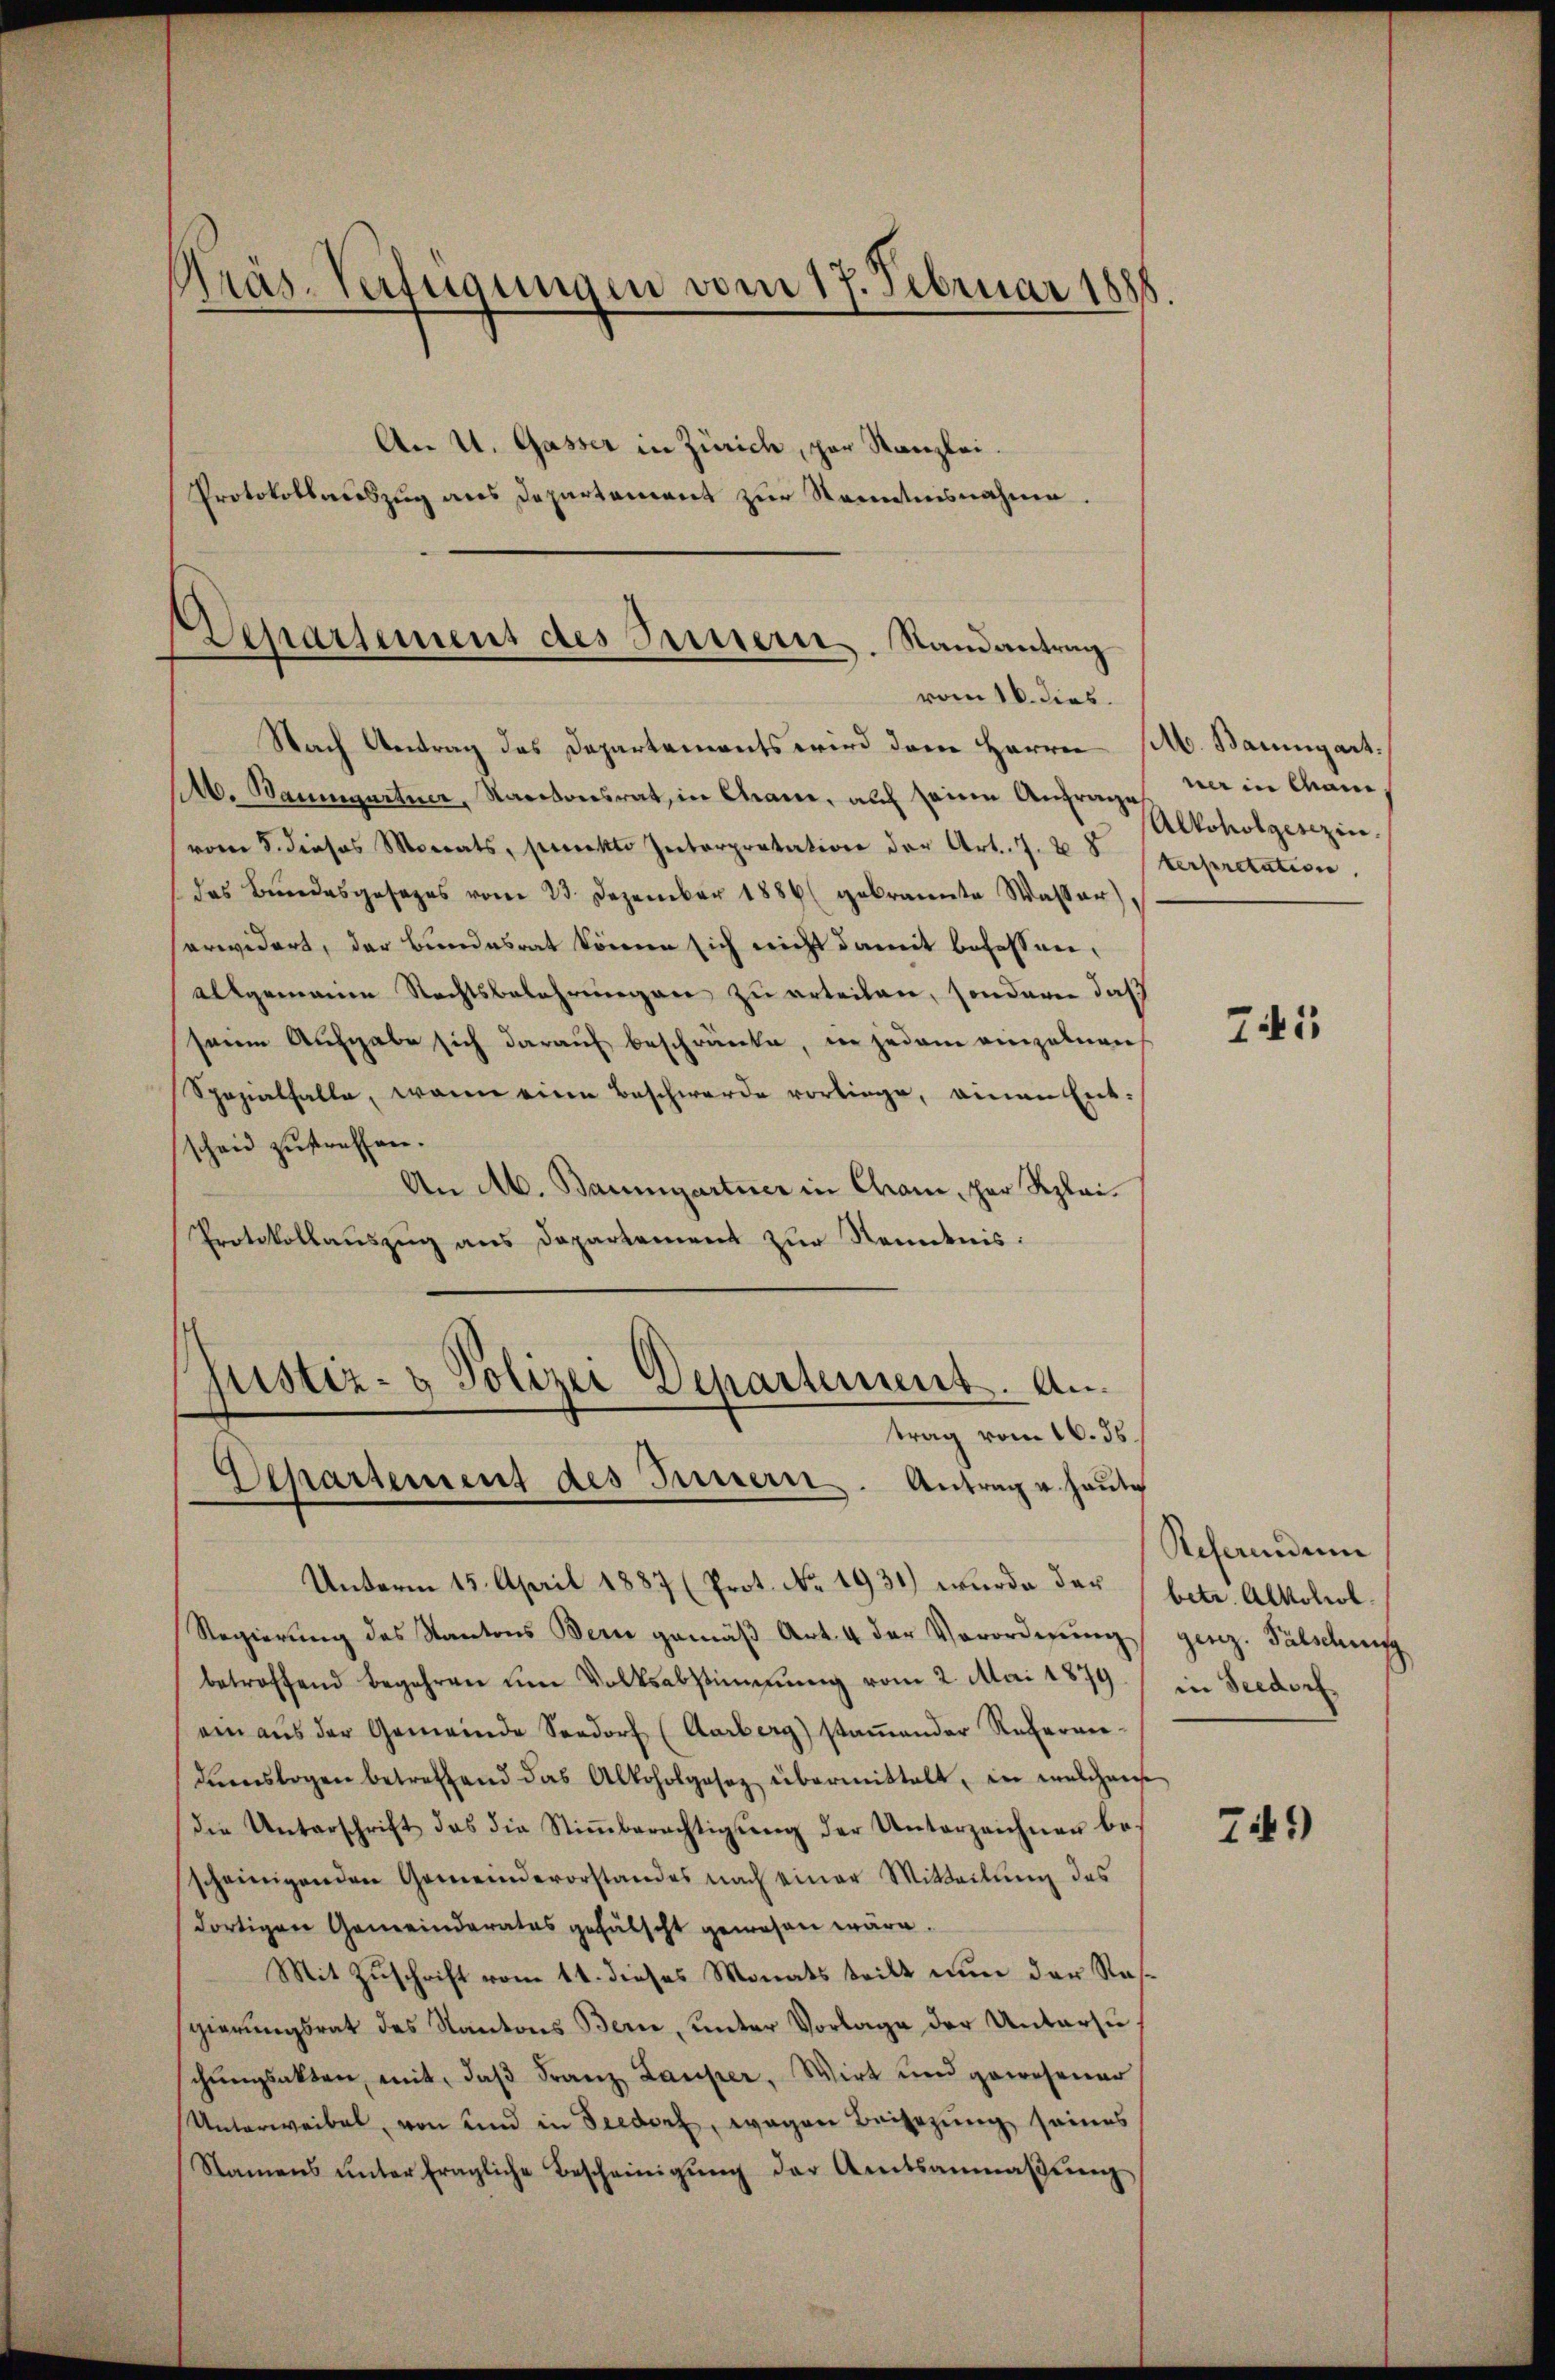
Präs. Verfügungen vom 17. Februar 1888
An U. Gasser in Zürich, par Kanzlei.
Protokollauszug aus Departement zur Kenntnisnahme

Ziparsammens des Parisern. Randantrag
vom 16. dies.
Nach Antrag des Departements wird dem Herren
A. Baumgartner, Kantonsrat, in Cham, auch seine Anfrage wie in Mai

vom 8. dieses Monats, peretto Interpretation der Art. 7. 28
das Bundesgesages vom 23. Dezember 1886 gebrannte Wasser),
erwidert, der Bundesrat könne sich nicht damit befassen,
allgemeine Rechtsbelehrungen zu erteilen, sondern daß
seine Aufgabe sich darauf beschränke, in jedem einzelnen
Spezialfalle, wenn eine Beschwerde vorliege, einen Entscheid zutreffen.
An M. Baumgartner in Chami, par Klei¬
Protokollauszug aus Departement zur Nenntnis:
Unterm 15. April 1887 (Prot. No. 1931) wurde der
Regierŭng des Kantons Bern gemäβ Art. 4 der Verordnŭng
betroffend begehren um Volksabstimmung vom 2. Mai 1879.
ein aŭs der Gemeinde Seedorf (Aarberg) stamender Referandimslogen betreffend das Alkoholgesetz übermittelt, in welchens
die Unterschrift das die Stiṁberechtigŭng der Unterzeichner bescheinigenden Gemeindevorstandes nach einer Mitteilŭng des
dortigen Gemeinderates gefälscht gewesen wäre.
Mit Zuschrift vom 11. dieses Monats teilt nun der Regierungsrat des Kantons Bern, unter Vorlage der Untersuschŭngsakten, mit, daβ Franz, Lauper, Wirt und gewesener
Unterweibel, von und in Seedorf, wegen Beisezung seines
Namens ŭnter fragliche Bescheinigŭng der Amtsanmaβŭng

justiz- & Polizei Departement. Antrag vom 16. ds.
Separtement des Innern. Antrage heute

M. Baumgart.
Alkoholgesezin.
terpretation.

745

Referenden
betr. Alkohol.
genz. Fälschung
in Seedorf

749)